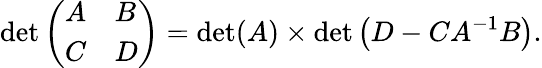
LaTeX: \operatorname*{det}{\left(\begin{array}{ll}{A}&{B}\\ {C}&{D}\end{array}\right)}=\operatorname*{det}(A)\times\operatorname*{det}\left(D-CA^{-1}B\right).